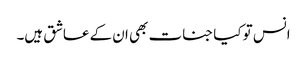
انس تو کیا جنات بھی ان کے عاشق ہیں۔